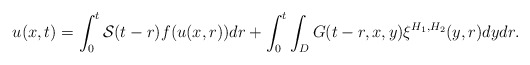
\begin{align*}u(x,t)=\int_{0}^{t}\mathcal{S}(t-r)f(u(x,r))dr+\int_{0}^{t}\int_{D}G(t-r,x,y)\xi^{H_{1},H_{2}}(y,r)dydr.\end{align*}